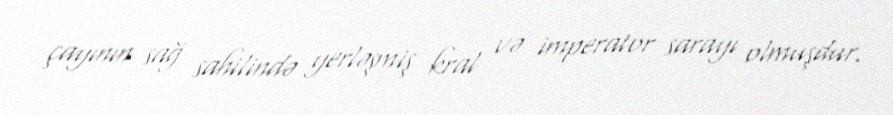
çayının sağ sahilində yerləşmiş kral və imperator sarayı olmuşdur.